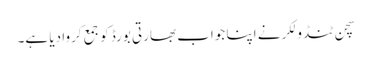
سچن ٹنڈولکر نے اپنا جواب بھارتی بورڈ کو جمع کروا دیا ہے۔